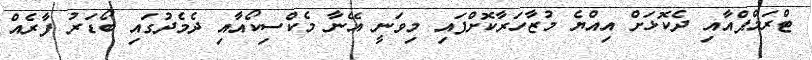
ޓްރަމްޕްއާއި ދެކޮޅަށް އިއްޔެ މުޒާހަރާކޮށްފައި މިވަނީ އޭނާ މެކްސިކޯއާއި ދެމެދުގައި ބޯޑަރު ފާރެއް